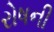
રોષની